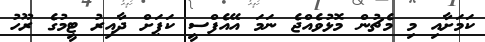
ކަމަށާއި މި މެޗުން މޮޅުވެއްޖެ ނަމަ އޭއެފްސީ ކަޕަށް ދާއިރު ޓީމުގެ ރޫހު